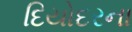
દિયોદરના